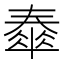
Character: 𡙹